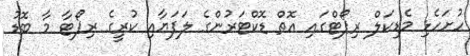
ހުށަހެޅި މެޑިކަލް ރިޕޯޓްގައި އޮތް ޑޮކްޓަރުންގެ ލަފަޔާއި ކުރީގެ ރިޕޯޓާ މާ ބޮޑު